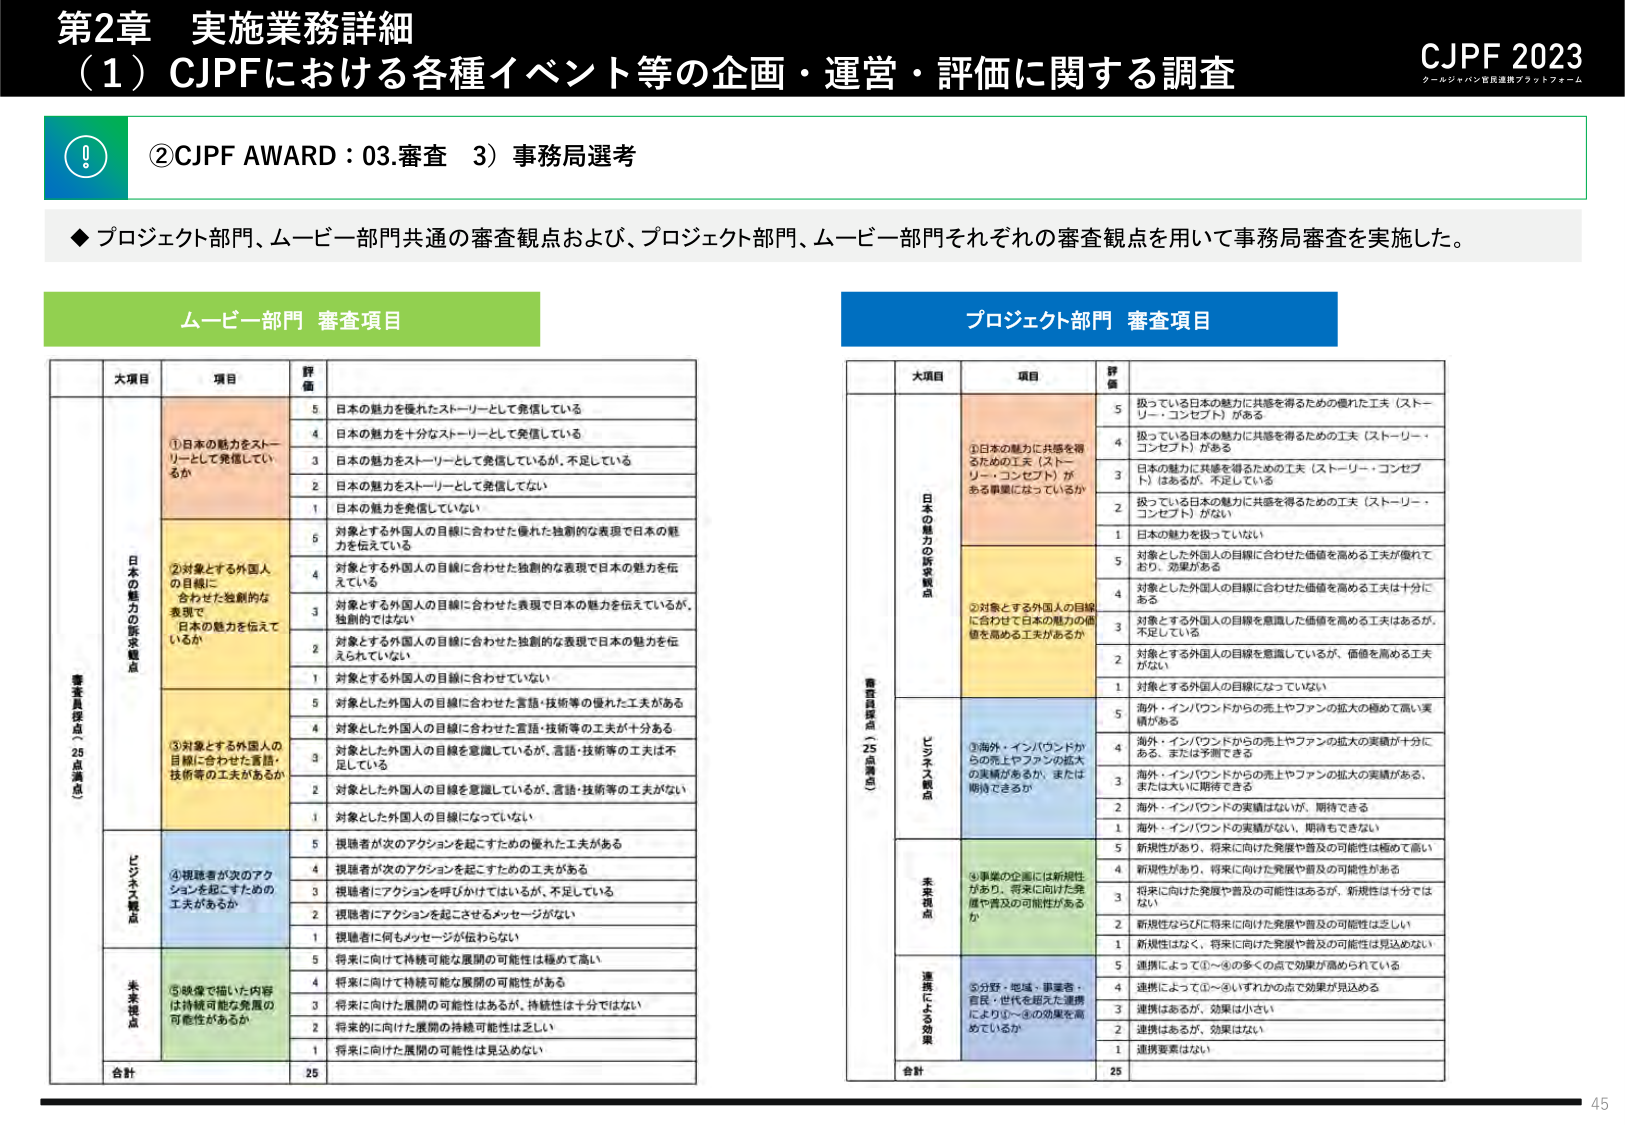
第2章 実施業務詳細
（1）CJPFにおける各種イベント等の企画・運営・評価に関する調査
CJPF 2023
クールジャパン官民連携プラットフォーム

②CJPF AWARD：03.審査 3）事務局選考

◆プロジェクト部門、ムービー部門共通の審査観点および、プロジェクト部門、ムービー部門それぞれの審査観点を用いて事務局審査を実施した。

ムービー部門 審査項目

大項目 項目 評価
日本 の 魅力 の 訴求 観点（25点満点）
①日本の魅力をストーリーとして発信しているか
5 日本の魅力を優れたストーリーとして発信している
4 日本の魅力を十分なストーリーとして発信している
3 日本の魅力をストーリーとして発信しているが、不足している
2 日本の魅力をストーリーとして発信していない
1 日本の魅力を発信していない

②対象とする外国人の目線に合わせた独創的な表現で日本の魅力を伝えているか
5 対象とする外国人の目線に合わせた優れた独創的な表現で日本の魅力を伝えている
4 対象とする外国人の目線に合わせた独創的な表現で日本の魅力を伝えている
3 対象とする外国人の目線に合わせた表現で日本の魅力を伝えているが、独創的ではない
2 対象とする外国人の目線に合わせた独創的な表現で日本の魅力を伝えられていない
1 対象とする外国人の目線に合わせていない

③対象とする外国人の目線に合わせた言語・技術等の工夫があるか
5 対象とした外国人の目線に合わせた言語・技術等の優れた工夫がある
4 対象とした外国人の目線に合わせた言語・技術等の工夫が十分ある
3 対象とした外国人の目線を意識しているが、言語・技術等の工夫は不足している
2 対象とした外国人の目線を意識しているが、言語・技術等の工夫がない
1 対象とした外国人の目線になっていない

ビジネス観点
④視聴者が次のアクションを起こすための優れた工夫があるか
5 視聴者が次のアクションを起こすための優れた工夫がある
4 視聴者が次のアクションを起こすための工夫がある
3 視聴者にアクションを呼びかけているが、不足している
2 視聴者にアクションを起こさせるメッセージがない
1 視聴者に何もメッセージが伝わらない

未来視点
⑤映像で描いた内容は持続可能な発展の可能性があるか
5 将来に向けて持続可能な展開の可能性は極めて高い
4 将来に向けて持続可能な展開の可能性がある
3 将来に向けて展開の可能性はあるが、持続性は十分ではない
2 将来に向けた展開の持続可能性は乏しい
1 将来に向けた展開の可能性は見込めない

合計 25

プロジェクト部門 審査項目

大項目 項目 評価
審査観点（25点満点）
日本 の 魅力 の 訴求 観点
①日本の魅力に共感を得るための工夫（ストーリー・コンセプト）があるか
5 扱っている日本の魅力に共感を得るための優れた工夫（ストーリー・コンセプト）がある
4 扱っている日本の魅力に共感を得るための工夫（ストーリー・コンセプト）がある
3 日本の魅力に共感を得るための工夫（ストーリー・コンセプト）はあるが、不足している
2 扱っている日本の魅力に共感を得るための工夫（ストーリー・コンセプト）がない
1 日本の魅力を扱っていない

②対象とする外国人の目線に合わせて日本の魅力の価値を高める工夫があるか
5 対象とする外国人の目線に合わせた価値を高める工夫が優れており、効果がある
4 対象とした外国人の目線に合わせた価値を高める工夫は十分にある
3 対象とする外国人の目線を意識した価値を高める工夫はあるが、不足している
2 対象とする外国人の目線を意識しているが、価値を高める工夫がない
1 対象とする外国人の目線になっていない

ビジネス観点
③海外・インバウンドからの売上やファンの拡大の実績が十分にある、または予測できる
5 海外・インバウンドからの売上やファンの拡大の実績が十分にある、または予測できる
4 海外・インバウンドからの売上やファンの拡大の実績がある、または大いに期待できる
3 海外・インバウンドからの売上やファンの拡大の実績がある、または大いに期待できる
2 海外・インバウンドの実績はないが、期待できる
1 海外・インバウンドの実績がない、期待もできない

未来視点
④事業の企画には新規性があり、将来に向けた発展や普及の可能性があるか
5 新規性があり、将来に向けた発展や普及の可能性は極めて高い
4 新規性があり、将来に向けた発展や普及の可能性がある
3 将来に向けた発展や普及の可能性はあるが、新規性は十分ではない
2 新規性ならびに将来に向けた発展や普及の可能性は乏しい
1 新規性はなく、将来に向けた発展や普及の可能性は見込めない

連携による効果
⑤分野・地域・事業者・官民・世代を超えた連携により①～④の効果を高めているか
5 連携によって①～④の多くの点で効果が高められている
4 連携によって①～④いずれかの点で効果が見込める
3 連携はあるが、効果は小さい
2 連携はあるが、効果はない
1 連携要素はない

合計 25

45